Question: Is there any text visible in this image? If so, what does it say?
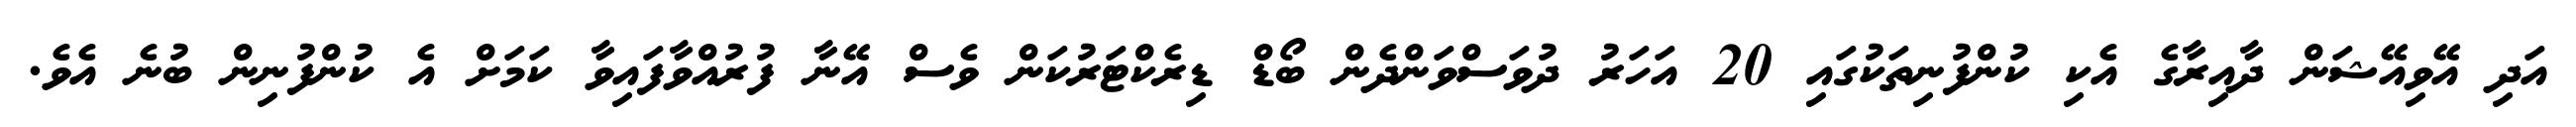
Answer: އަދި އޭވިއޭޝަން ދާއިރާގެ އެކި ކުންފުނިތަކުގައި 20 އަހަރު ދުވަސްވަންދެން ބޯޑް ޑިރެކްޓަރުކަން ވެސް އޭނާ ފުރުއްވާފައިވާ ކަމަށް އެ ކުންފުނިން ބުނެ އެވެ.